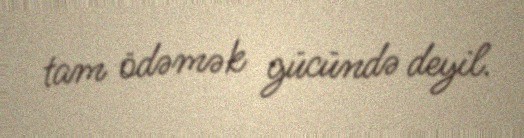
tam ödəmək gücündə deyil.